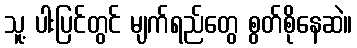
သူ့ ပါးပြင်တွင် မျက်ရည်တွေ စွတ်စိုနေဆဲ။